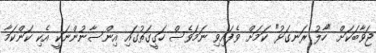
ޖަވާބަކަށް "ހާލު ރަނގަޅު" ކަމަށް ވެފައިވި ނަމަވެސް ހަގީގަތުގައި އިންސާނުންނަކީ އެކި ކަންކަމާ